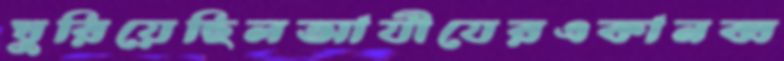
ঘুরিয়েছিলআযীযেরএকানব্ব